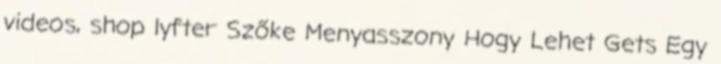
videos, shop lyfter Szőke Menyasszony Hogy Lehet Gets Egy